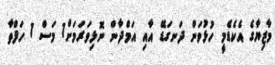
މާޒިޔާގެ އެކެޑެމީ ހުޅުވަން ދަނގަޑޭ އާއި އަމްދާން ނޮޅިވަރަމަށް1 މަސް 1 ހަފްތާ